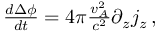
\begin{array} { r } { \frac { d \Delta \phi } { d t } = 4 \pi \frac { v _ { A } ^ { 2 } } { c ^ { 2 } } \partial _ { z } j _ { z } \, , } \end{array}